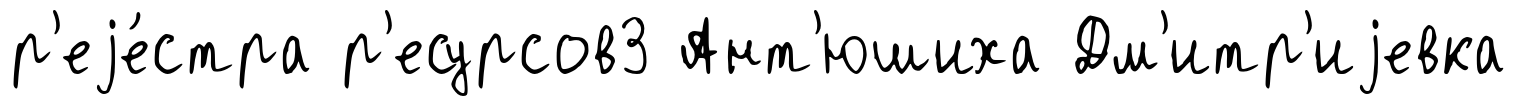
р'еjе́стра р'есурсов3 Ант'юшиха Дм'итр'иjевка